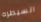
السيطره